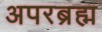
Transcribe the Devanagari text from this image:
अपरब्रह्म